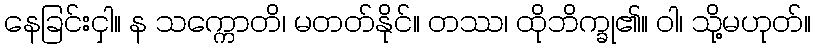
နေခြင်းငှါ။ န သက္ကောတိ၊ မတတ်နိုင်။ တဿ၊ ထိုဘိက္ခု၏။ ဝါ၊ သို့မဟုတ်။